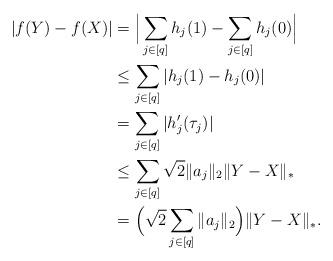
LaTeX: \begin{align*}|f(Y)-f(X)|&=\Big|\sum_{j\in[q]}h_j(1)-\sum_{j\in[q]}h_j(0)\Big|\\&\le\sum_{j\in[q]}|h_j(1)-h_j(0)|\\&=\sum_{j\in[q]}|h_j'(\tau_j)|\\&\le\sum_{j\in[q]}\sqrt{2}\|a_j\|_2\|Y-X\|_*\\&=\Big(\sqrt{2}\sum_{j\in[q]}\|a_j\|_2\Big)\|Y-X\|_*.\end{align*}